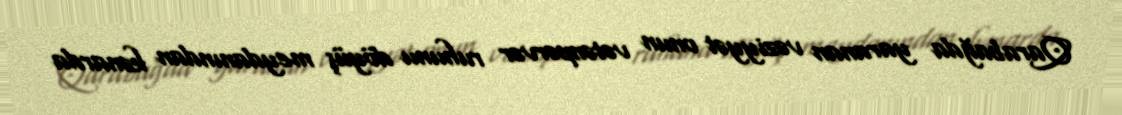
Qarabağda yaranan vəziyyət onun vətənpərvər ruhunu döyüş meydanından kənarda